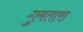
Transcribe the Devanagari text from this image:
गुमतारा